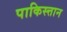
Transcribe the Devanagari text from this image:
पाकिस्त्तान